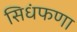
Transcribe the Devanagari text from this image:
सिधंफणा